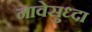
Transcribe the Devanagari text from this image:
नावेसुध्दा